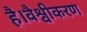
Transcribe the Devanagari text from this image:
है।वैश्वीकरण